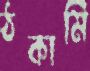
ঠকামি